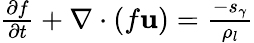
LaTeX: \begin{array}{r}{\frac{\partial f}{\partial t}+\nabla\cdot\left(f\mathbf{u}\right)=\frac{-s_{\gamma}}{\rho_{l}}}\end{array}